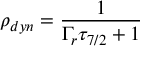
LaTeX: \rho _ { d y n } = { \frac { 1 } { \Gamma _ { r } \tau _ { 7 / 2 } + 1 } }